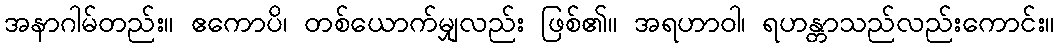
အနာဂါမ်တည်း။ ဧကောပိ၊ တစ်ယောက်မျှလည်း ဖြစ်၏။ အရဟာဝါ၊ ရဟန္တာသည်လည်းကောင်း။